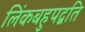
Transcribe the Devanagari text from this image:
लिंकबहुपद्वति